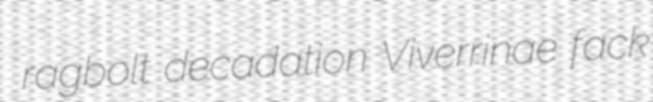
ragbolt decadation Viverrinae fack